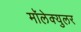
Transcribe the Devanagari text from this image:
मॉलेक्‍युलर